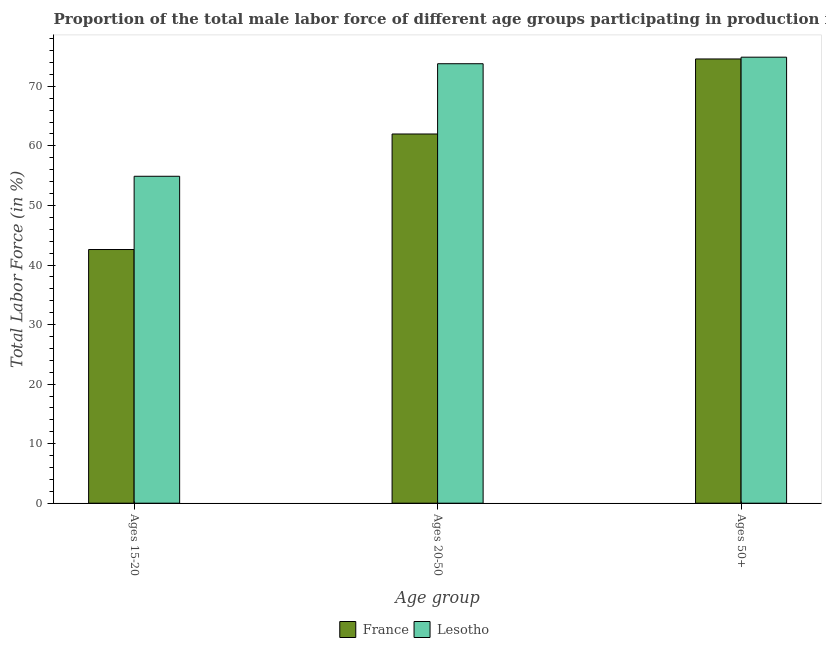
| Age group | France | Lesotho |
 | --- | --- | --- |
 | Ages 15-20 | 42.6 | 54.9 |
 | Ages 20-50 | 62 | 73.8 |
 | Ages 50+ | 74.6 | 74.9 |